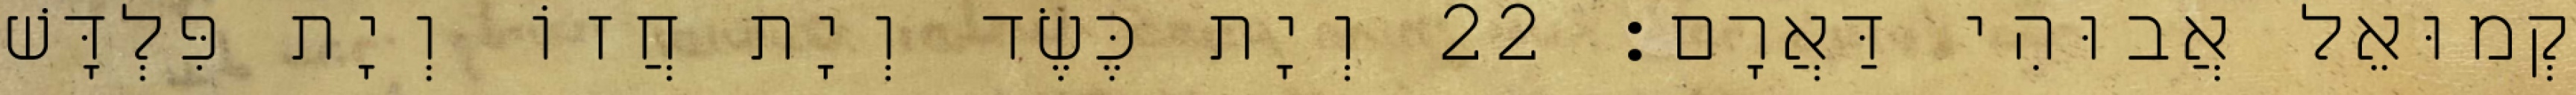
קְמוּאֵל אֲבוּהִי דַּאֲרָם׃ 22 וְיָת כֶּשֶׂד וְיָת חֲזוֹ וְיָת פִּלְדָּשׁ